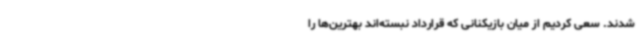
شدند. سعی کردیم از میان بازیکنانی که قرارداد نبسته‌اند بهترین‌ها را